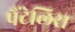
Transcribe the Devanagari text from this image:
पैंटेलिस